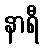
နာရီ